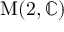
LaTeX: \operatorname { M } ( 2 , \mathbb { C } )